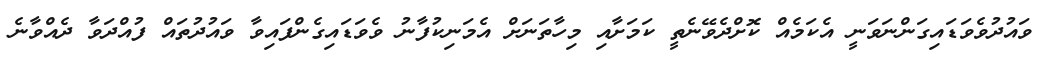
ވައުދުވެވަޑައިގަންނަވަނީ އެކަމެއް ކޮށްދެވޭނެތީ ކަމަށާއި މިހާތަނަށް އެމަނިކުފާނު ވެވަޑައިގެންފައިވާ ވައުދުތައް ފުއްދަވާ ދެއްވާނެ